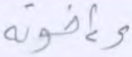
وإخوته